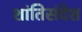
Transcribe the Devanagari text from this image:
शांतिसंदेश